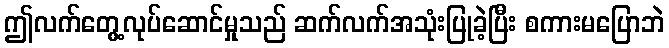
ဤလက်တွေ့လုပ်ဆောင်မှုသည် ဆက်လက်အသုံးပြုခဲ့ပြီး စကားမပြောဘဲ